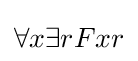
\forall x\exists rFxr